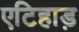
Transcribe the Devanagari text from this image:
एटिहाड़